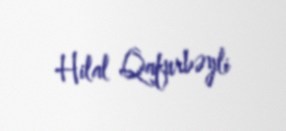
Hilal Qafurbəyli